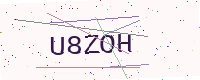
Text: U8ZOH